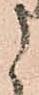
う